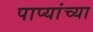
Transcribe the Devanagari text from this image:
पाप्यांच्या